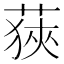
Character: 𦷈